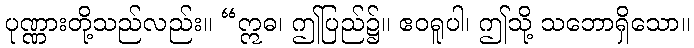
ပုဏ္ဏားတို့သည်လည်း။ “ဣဓ၊ ဤပြည်၌။ ဧဝရူပါ၊ ဤသို့ သဘောရှိသော။